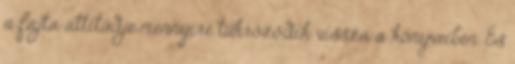
a fajta attitűdje mennyire tükröződik vissza a könyveiben. És